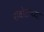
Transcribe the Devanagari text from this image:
रोबोटाच्या